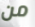
من